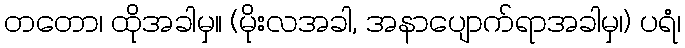
တတော၊ ထိုအခါမှ။ (မိုးလအခါ, အနာပျောက်ရာအခါမှ၊) ပရံ၊